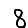
Digit: 8